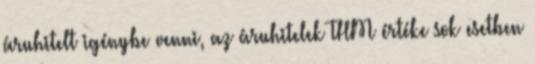
áruhitelt igénybe venni, az áruhitelek THM értéke sok esetben